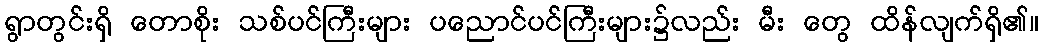
ရွာတွင်းရှိ တောစိုး သစ်ပင်ကြီးများ ပညောင်ပင်ကြီးများ၌လည်း မီး တွေ ထိန်လျက်ရှိ၏။